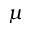
\mu